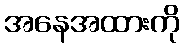
အနေအထားကို